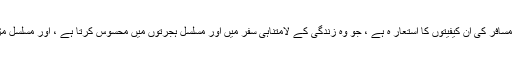
میں سمجھتا ہوں کہ یہ مطلع اور یہ شعر ہر صاحبِ احساس مسافر کی ان کیفیتوں کا استعار ہ ہے ، جو وہ زندگی کے لامتناہی سفر میں اور مسلسل ہجرتوں میں محسوس کرتا ہے ، اور مسلسل مڑ کر دیکھتا ہے لیکن زنجیر ِ ہمسایئگی سے رہائی نہیں پاتا۔